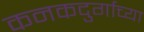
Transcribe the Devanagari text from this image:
कनकदुर्गाच्या